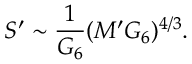
S ^ { \prime } \sim { \frac { 1 } { G _ { 6 } } } ( M ^ { \prime } G _ { 6 } ) ^ { 4 / 3 } .